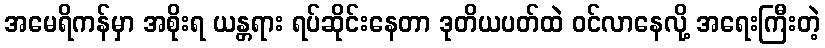
အမေရိကန်မှာ အစိုးရ ယန္တရား ရပ်ဆိုင်းနေတာ ဒုတိယပတ်ထဲ ဝင်လာနေလို့ အရေးကြီးတဲ့